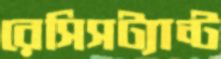
রেসিসট্যান্ট